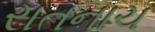
રાતનાચ